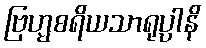
ဗြဟ္မစရိယသာရုပ္ပါနိ